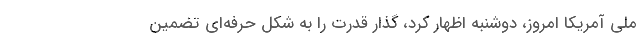
ملی آمریکا امروز، دوشنبه اظهار کرد، گذار قدرت را به شکل حرفه‌ای تضمین